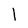
Character: 1